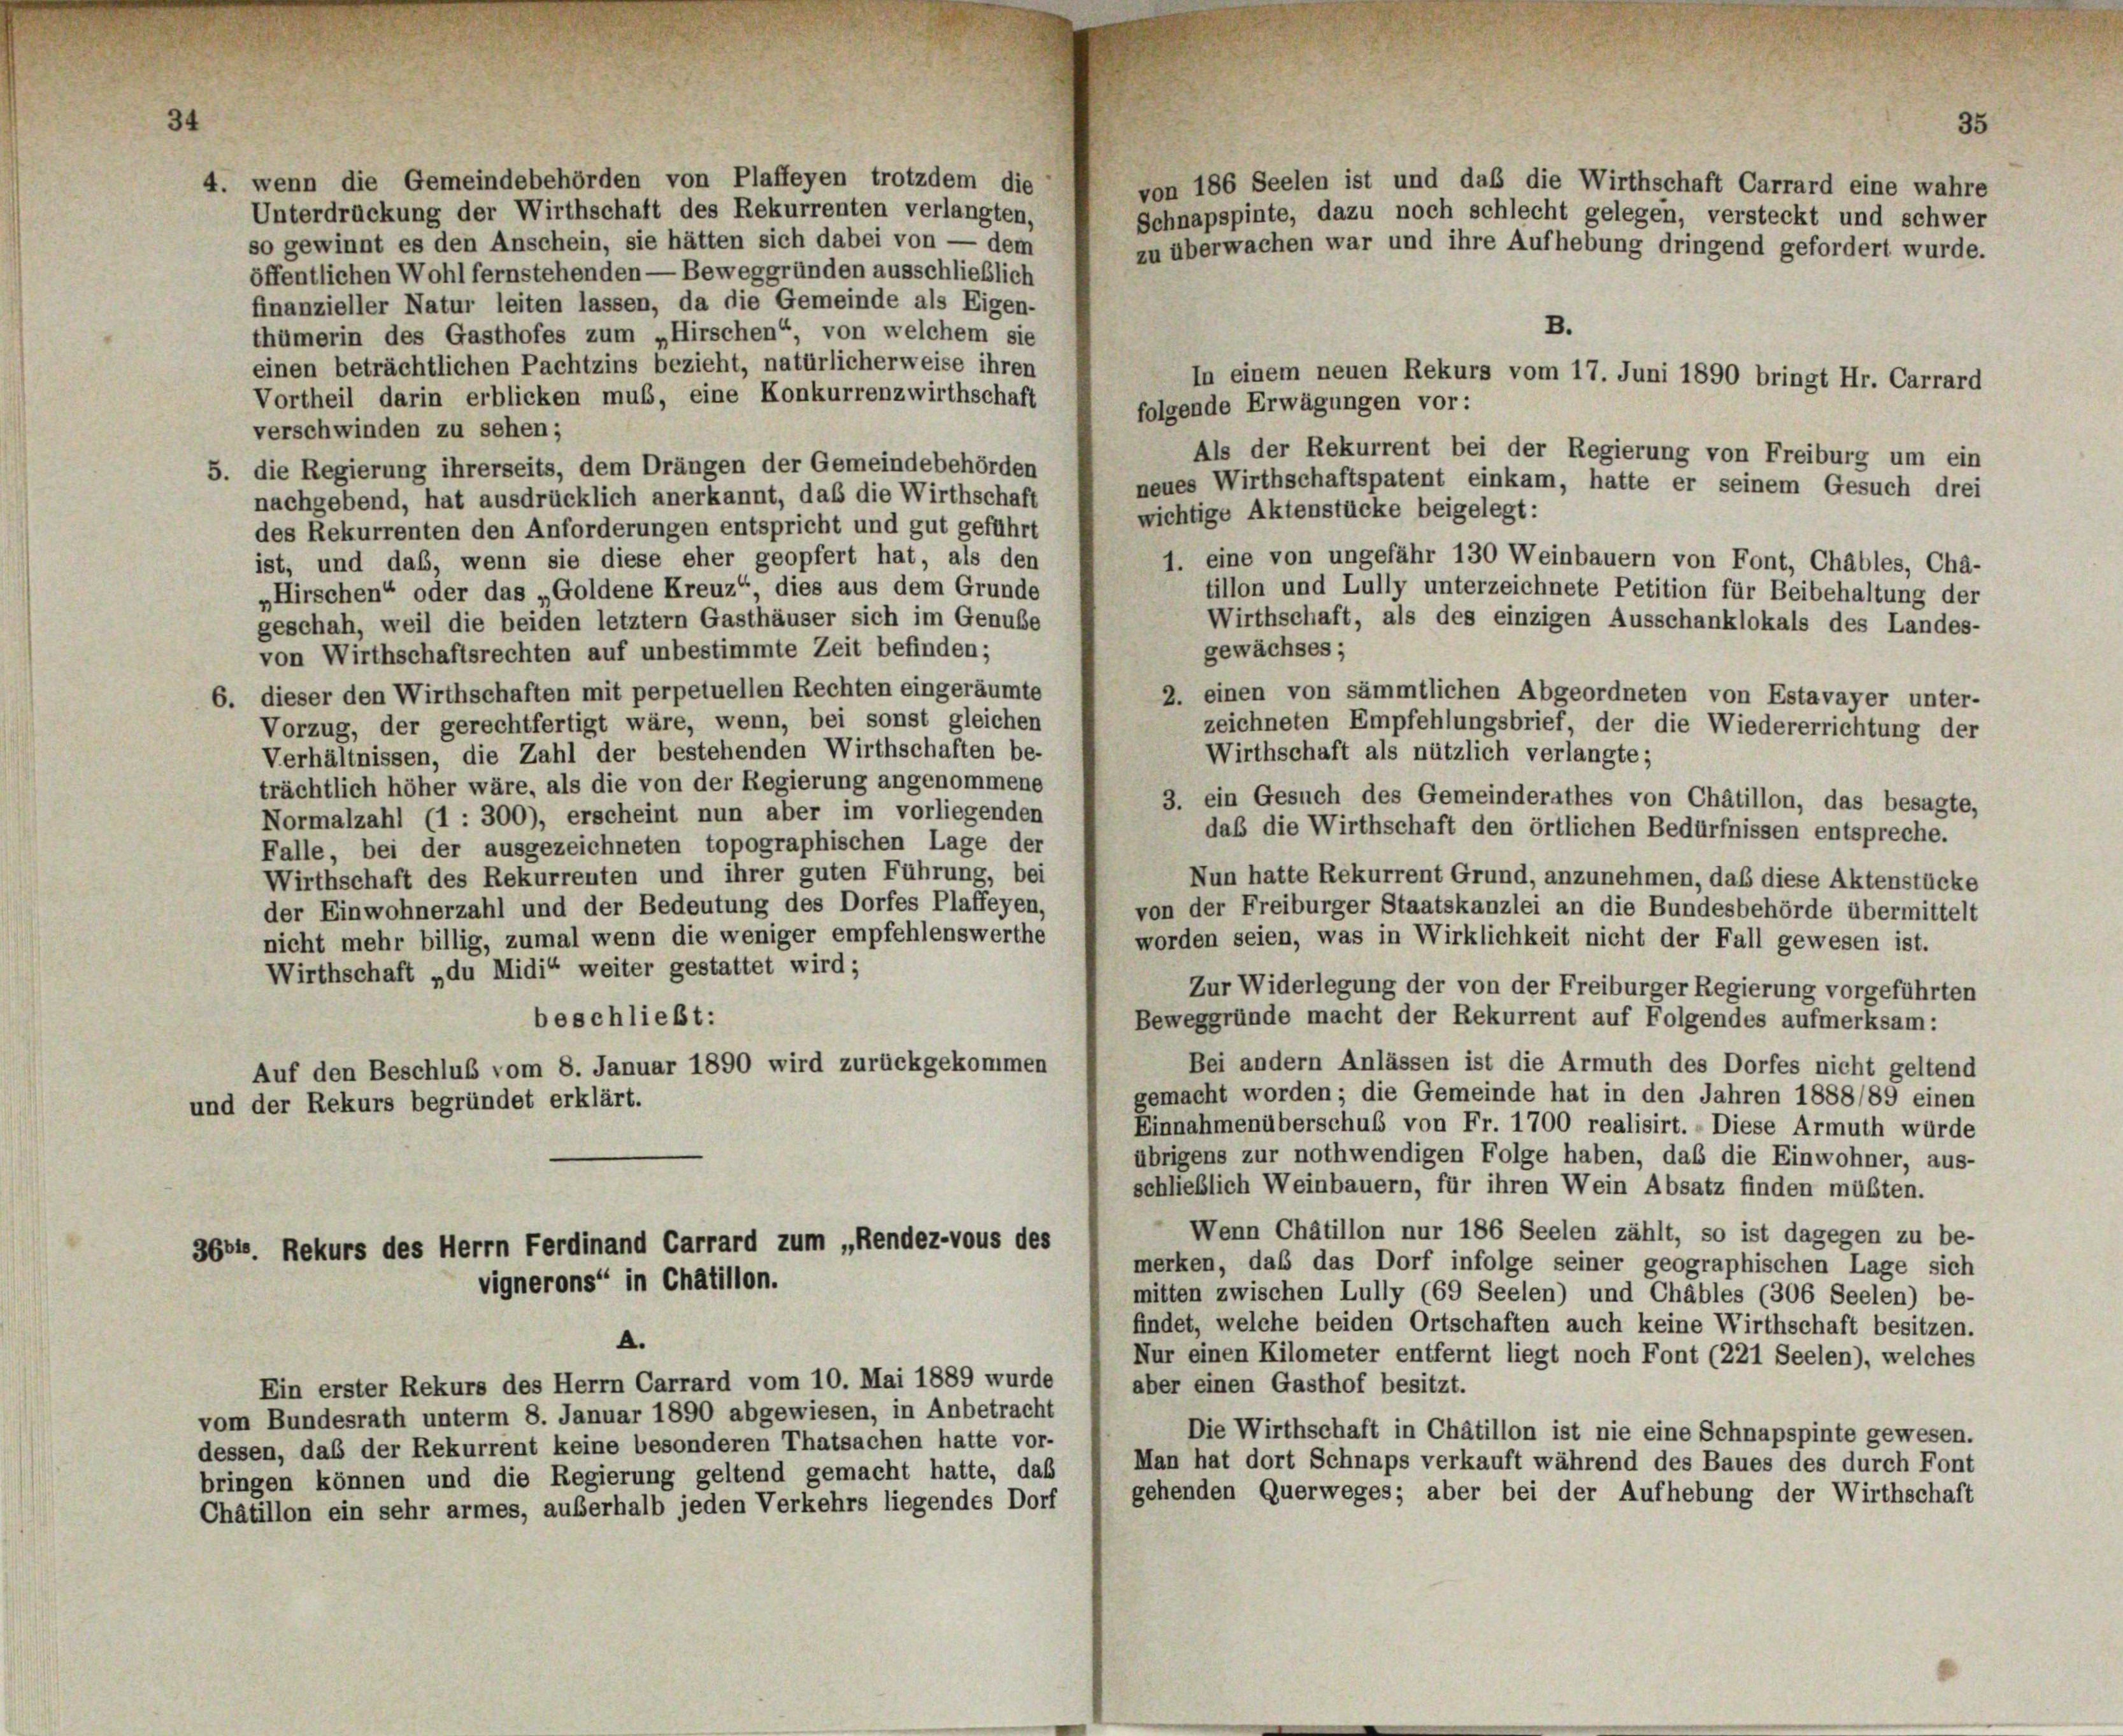
4. wenn die Gemeindebehörden von Plaffeyen trotzdem die
Unterdrückung der Wirthschaft des Rekurrenten verlangten,
so gewinnt es den Anschein, sie hätten sich dabei von — dem
öffentlichen Wohl fernstehenden — Beweggründen ausschließlich
finanzieller Natur leiten lassen, da die Gemeinde als Eigen-
B.
thümerin des Gasthofes zum „Hirschen“, von welchem sie
einen beträchtlichen Pachtzins bezieht, natürlicherweise ihren
In einem neuen Rekurs vom 17. Juni 1890 bringt Hr. Carrard
Vortheil darin erblicken muß, eine Konkurrenzwirthschaft
folgende Erwägungen vor:
verschwinden zu sehen;
Als der Rekurrent bei der Regierung von Freiburg um ein
5. die Regierung ihrerseits, dem Drängen der Gemeindebehörden
neues Wirthschaftspatent einkam, hatte er seinem Gesuch drei
nachgebend, hat ausdrücklich anerkannt, daß die Wirthschaft
wichtige Aktenstücke beigelegt:
des Rekurrenten den Anforderungen entspricht und gut geführt
1. eine von ungefähr 130 Weinbauern von Font, Chables, Cha-
ist, und daß, wenn sie diese eher geopfert hat, als den
tillon und Lully unterzeichnete Petition für Beibehaltung der
„Hirschen“ oder das „Goldene Kreuz“, dies aus dem Grunde
Wirthschaft, als des einzigen Ausschanklokals des Landes-
geschah, weil die beiden letztem Gasthäuser sich im Genuße
gewächses;
von Wirthschaftsrechten auf unbestimmte Zeit befinden;
6. dieser den Wirthschaften mit perpetuellen Rechten eingeräumte
2. einen von sämmtlichen Abgeordneten von Estavayer unter-
Vorzug, der gerechtfertigt wäre, wenn, bei sonst gleichen
zeichneten Empfehlungsbrief, der die Wiedererrichtung der
Wirthschaft als nützlich verlangte;
Verhältnissen, die Zahl der bestehenden Wirthschaften be-
trächtlich höher wäre, als die von der Regierung angenommene
3. ein Gesuch des Gemeinderathes von Châtillon, das besagte,
Normalzahl (1 : 300), erscheint nun aber im vorliegenden
daß die Wirthschaft den örtlichen Bedürfnissen entspreche.
Falle, bei der ausgezeichneten topographischen Lage der
Wirthschaft des Rekurrenten und ihrer guten Führung, bei
Nun hatte Rekurrent Grund, anzunehmen, daß diese Aktenstücke
der Einwohnerzahl und der Bedeutung des Dorfes Plaffeyen,
von der Freiburger Staatskanzlei an die Bundesbehörde übermittelt
nicht mehr billig, zumal wenn die weniger empfehlenswerthe
worden seien, was in Wirklichkeit nicht der Fall gewesen ist.
Wirthschaft „du Midi“ weiter gestattet wird;
Zur Widerlegung der von der Freiburger Regierung vorgeführten
beschließt:
Beweggründe macht der Rekurrent auf Folgendes aufmerksam:
Bei andern Anlässen ist die Armuth des Dorfes nicht geltend
Auf den Beschluß vom 8. Januar 1890 wird zurückgekommen
gemacht worden; die Gemeinde hat in den Jahren 1888/89 einen
und der Rekurs begründet erklärt.
Einnahmenüberschuß von Fr. 1700 realisirt. - Diese Armuth würde
übrigens zur nothwendigen Folge haben, daß die Einwohner, aus-
schließlich Weinbauern, für ihren Wein Absatz finden müßten.
Wenn Châtillon nur 186 Seelen zählt, so ist dagegen zu be-
3664. Rekurs des Herrn Ferdinand Carrard zum „Rendez-vous des
merken, daß das Dorf infolge seiner geographischen Lage sich
vignerons“ in Chatillon.
mitten zwischen Lully (69 Seelen) und Chäbles (306 Seelen) be-
findet, welche beiden Ortschaften auch keine Wirthschaft besitzen.
A.
Nur einen Kilometer entfernt liegt noch Font (221 Seelen), welches
Ein erster Rekurs des Herrn Carrard vom 10. Mai 1889 wurde
aber einen Gasthof besitzt.
vom Bundesrath unterm 8. Januar 1890 abgewiesen, in Anbetracht
Die Wirthschaft in Chatillon ist nie eine Schnapspinte gewesen.
dessen, daß der Rekurrent keine besonderen Thatsachen hatte vor-
Man hat dort Schnaps verkauft während des Baues des durch Font
bringen können und die Regierung geltend gemacht hatte, daß
gehenden Querweges; aber bei der Aufhebung der Wirthschaft
Châtillon ein sehr armes, außerhalb jeden Verkehrs liegendes Dorf

Schnapspinte, dazu noch schlecht gelegen, versteckt und schwer
zu überwachen war und ihre Aufhebung dringend gefordert wurde.

von 186 Seelen ist und daß die Wirthschaft Carrard eine wahre